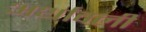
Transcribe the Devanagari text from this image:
अर्थावली